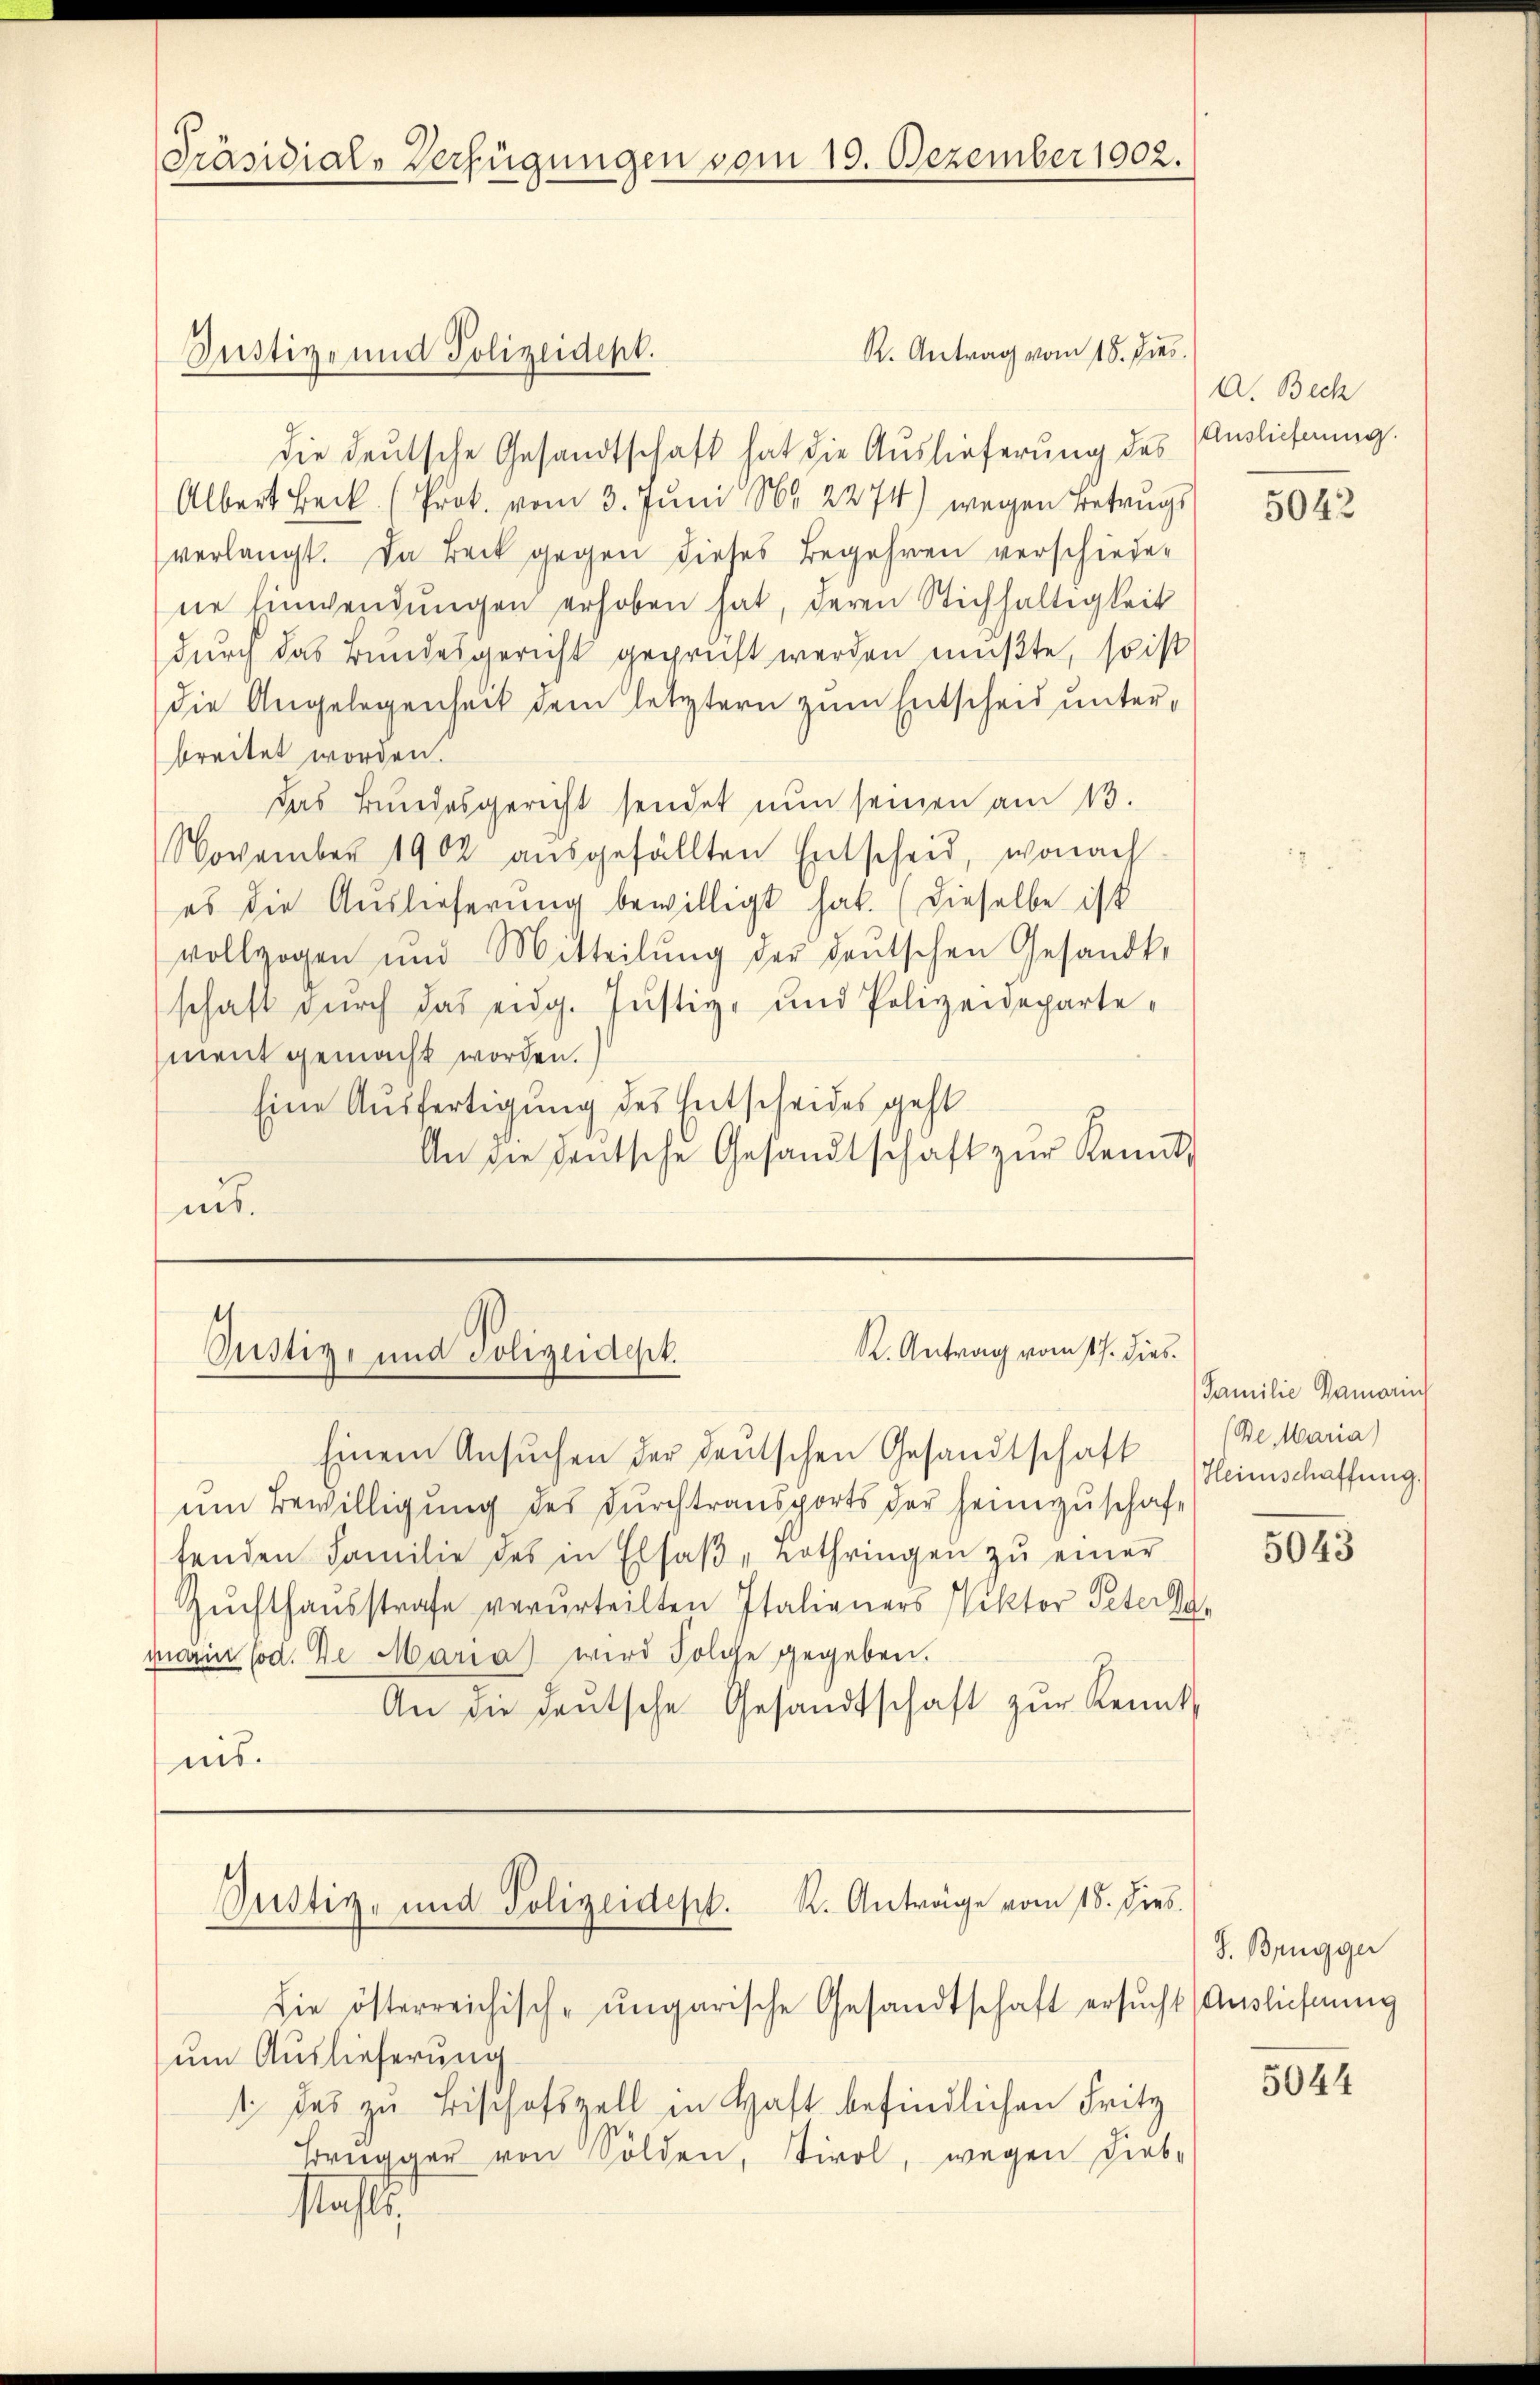
Präsidial-Verfügungen vom 19. Dezember 1902.

R. Antrag vom 18. Jus
die deutsche Gesandtschaft hat die Auslieferung des Auslieferung.
Albert Beck. (Prok. vom 3. Juni N 2274) wegen Betrugs
verlangt. Da Bock gegen dieses Begehren verschiedene Einwendŭngen erhoben hat, deren Stichhaltigkeit
durch das Bundesgericht geprüft werden mußte, so ist
die Angelegenheit dem letztern zum Entscheid unterbreitet worden.
das Bundesgericht sendet nun seinen am 13.
November 1902 aŭsgefällten Entscheid, wonach
es die Auslieferung bewilligt hat. (Dieselbe ist
vollzogen und Mitteilŭng der deŭtschen Gesandt-
schaft durch das eidg. Justiz- und Polizeideparte-
ment gemacht worden.)
Eine Ausfertigung des Entscheides geht
An die deutsche Gesandtschaft zŭr Kennt-
aus.

Einem Ansŭchen der deutschen Gesandtschaft
um Bewilligung des Durchtransports der heimzuschaft
fenden Familie des in Elsaβ-Lothringen zŭ einer
Zuchthausstrafe verurteilten Italieners Viktor Peters
marin (od. De Maria wird Folge gegeben.
An die deŭtsche Gesandtschaft zŭr Kennt,
nis.

Justiz- und Polizeidept.

t
R. Antrag vom 17. dies
Justiz- und Polizeidept.

K. Anträge vom 18. Dieb.
Justiz- und Polizeidept.

Die österreichische ungarische Gesandtschaft ersŭcht (Ausliefnung
um Auslieferung
t das zu Bischofszell in Haft befindlichen Fritz
Bregger von Sölden, Tirol, wegen Liebe
slasti

a. Beck

5042

Familie Gemarin
(Be Maria)
Heimschaffung.

5043

J. Brugger

5044